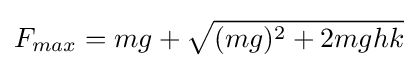
F_{max}=mg+{\sqrt {(mg)^{2}+2mghk}}